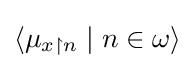
\langle \mu _{x\upharpoonright n}\mid n\in \omega \rangle